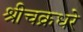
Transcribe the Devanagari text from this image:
श्रीचक्रधरे